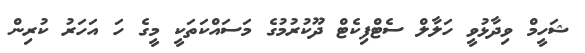
ޝަހީމް ވިދާޅުވީ ހަލާލް ސެޓްފިކެޓް ދޫކުރުމުގެ މަސައްކަތަކީ މީގެ ހަ އަހަރު ކުރިން